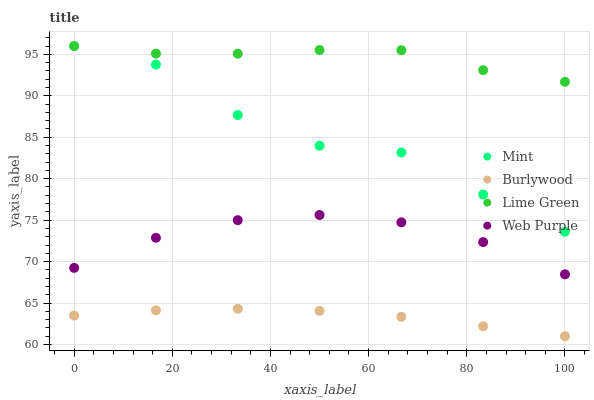
| xaxis_label | Mint | Burlywood | Lime Green | Web Purple |
 | --- | --- | --- | --- | --- |
 | 0 | 96 | 63.5 | 96 | 69.2 |
 | 16.7 | 93.8 | 64.1 | 95.1 | 72.9 |
 | 33.3 | 87.7 | 64.3 | 95.1 | 75 |
 | 50 | 84 | 64.1 | 95.5 | 75.6 |
 | 66.7 | 83.2 | 63.4 | 95.5 | 74.7 |
 | 83.3 | 78.1 | 62.2 | 93.1 | 72.4 |
 | 100 | 73.6 | 61 | 91.7 | 68.5 |